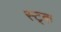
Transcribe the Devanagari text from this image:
स्ट्क